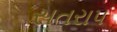
સતરાપ